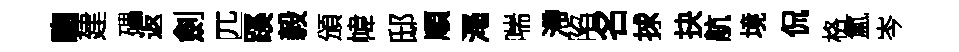
騶建礧返劍匹蹊毅頒幃邸順澠喘滯陷名捄抉航境侃格氳岑